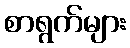
စာရွက်များ